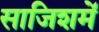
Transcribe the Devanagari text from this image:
साजिशमें